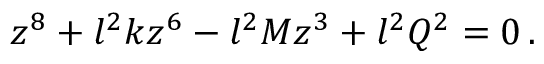
z ^ { 8 } + l ^ { 2 } k z ^ { 6 } - l ^ { 2 } M z ^ { 3 } + l ^ { 2 } Q ^ { 2 } = 0 \, .